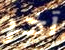
آخر